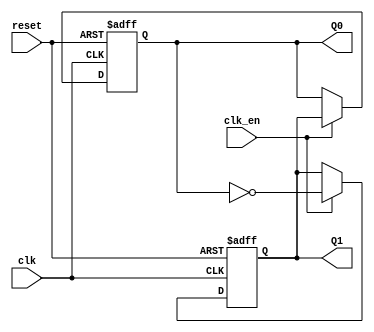
module dual_stage_johnson_counter (
    input wire clk,          // Clock input
    input wire reset,        // Asynchronous reset
    input wire clk_en,       // Clock enable
    output reg Q1,          // Output of the first flip-flop
    output reg Q0           // Output of the second flip-flop
);

// Always block for the Johnson counter functionality
always @(posedge clk or posedge reset) begin
    if (reset) begin
        // Reset the counter to 00
        Q1 <= 1'b0;
        Q0 <= 1'b0;
    end else if (clk_en) begin
        // Johnson Counter state transition
        Q1 <= ~Q0;         // Input for FF1 (inverted output of FF2)
        Q0 <= Q1;          // Input for FF2 (current value of FF1)
    end
end

endmodule